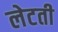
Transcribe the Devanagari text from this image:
लेटती